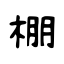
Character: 棚